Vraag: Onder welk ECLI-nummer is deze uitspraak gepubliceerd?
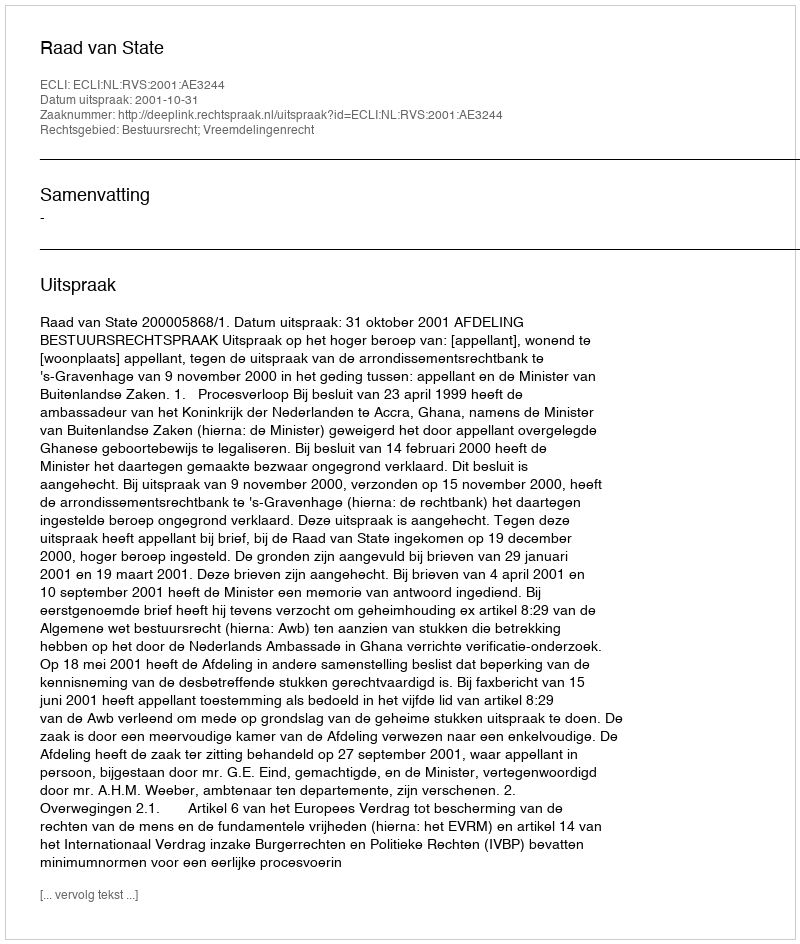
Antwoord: ECLI:NL:RVS:2001:AE3244